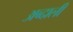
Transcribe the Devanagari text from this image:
अब्‍दाली